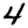
Digit: 4